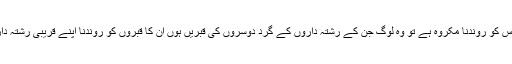
([7]) فتح القدیر میں ہے : قبر پر بیٹھنا اور اس کو روندنا مَکروہ ہے تو وہ لوگ جن کے رِشتہ داروں کے گِرد دوسروں کی قبریں ہوں اُن کا قبروں کو روندنا اپنے قریبی رشتہ دار کی قبر تک پہنچنے کے لیے مَکروہ ہے ۔